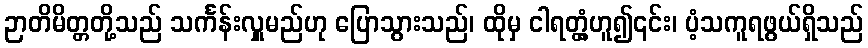
ဉာတိမိတ္တတို့သည် သင်္ကန်းလှူမည်ဟု ပြောသွားသည်၊ ထိုမှ ငါရတ္တံ့ဟူ၍၎င်း၊ ပံ့သကူရဖွယ်ရှိသည်